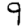
Digit: 9